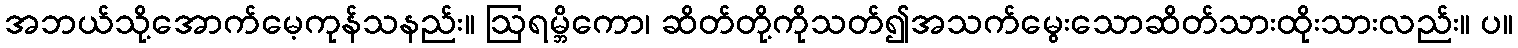
အဘယ်သို့အောက်မေ့ကုန်သနည်း။ ဩရမ္ဘိကော၊ ဆိတ်တို့ကိုသတ်၍အသက်မွေးသောဆိတ်သားထိုးသားလည်း။ ပ။